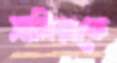
সামিরাকে